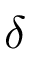
\delta